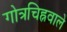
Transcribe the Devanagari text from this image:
गोत्रचिह्नवाले